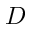
D